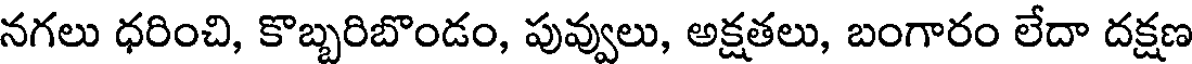
నగలు ధరించి, కొబ్బరిబొండం, పువ్వులు, అక్షతలు, బంగారం లేదా దక్షణ